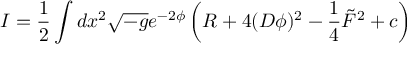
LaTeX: I = \frac { 1 } { 2 } \int d x ^ { 2 } \sqrt { - g } e ^ { - 2 \phi } \left( R + 4 ( D \phi ) ^ { 2 } - \frac { 1 } { 4 } \tilde { F } ^ { 2 } + c \right)